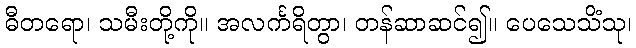
ဓီတရော၊ သမီးတို့ကို။ အလင်္ကရိတွာ၊ တန်ဆာဆင်၍။ ပေသေသိံသု၊